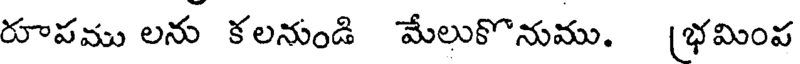
రూపము లను కలనుండి మేలుకొనుము. [భమింప